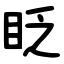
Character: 眨